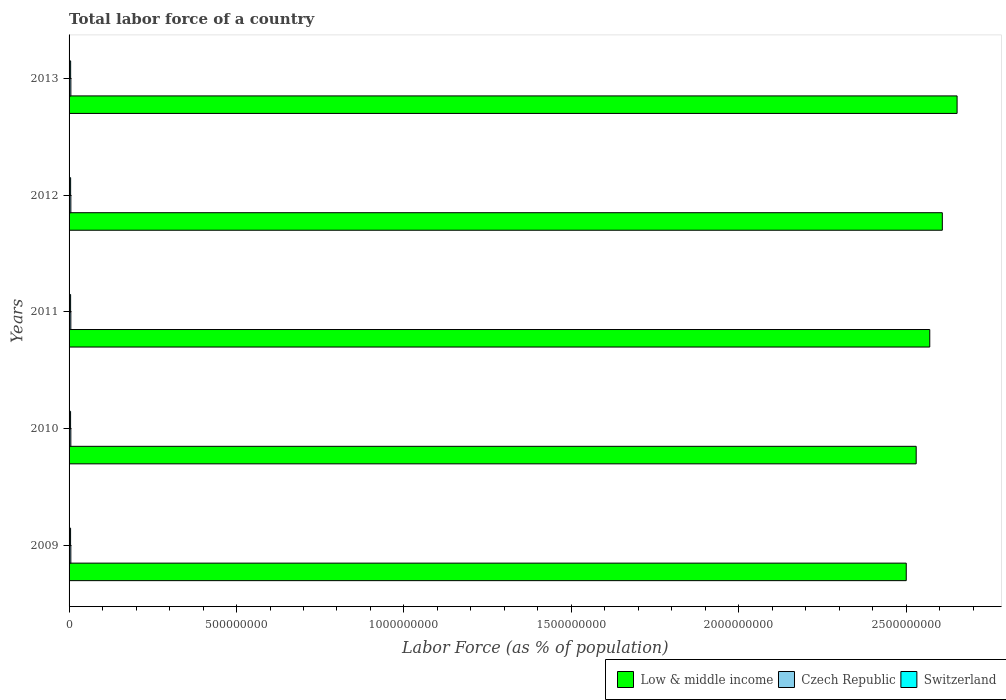
| Years | Low & middle income | Czech Republic | Switzerland |
 | --- | --- | --- | --- |
 | 2009 | 2.5e+09 | 5.25e+06 | 4.48e+06 |
 | 2010 | 2.53e+09 | 5.24e+06 | 4.51e+06 |
 | 2011 | 2.57e+09 | 5.24e+06 | 4.58e+06 |
 | 2012 | 2.61e+09 | 5.28e+06 | 4.64e+06 |
 | 2013 | 2.65e+09 | 5.34e+06 | 4.7e+06 |